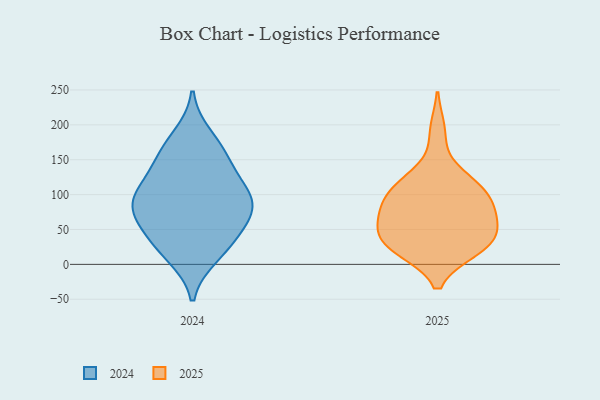
{"axis": {"x": "Humidity (%)", "y": "Value"}, "legend": ["2024", "2025"], "data": [{"x": "", "y": 54, "type": "2025"}, {"x": "", "y": 57, "type": "2025"}, {"x": "", "y": 191, "type": "2025"}, {"x": "", "y": 36, "type": "2025"}, {"x": "", "y": 21, "type": "2025"}, {"x": "", "y": 98, "type": "2025"}, {"x": "", "y": 21, "type": "2025"}, {"x": "", "y": 47, "type": "2025"}, {"x": "", "y": 28, "type": "2025"}, {"x": "", "y": 91, "type": "2025"}, {"x": "", "y": 85, "type": "2025"}, {"x": "", "y": 111, "type": "2025"}, {"x": "", "y": 125, "type": "2025"}, {"x": "", "y": 23, "type": "2025"}, {"x": "", "y": 68, "type": "2025"}, {"x": "", "y": 121, "type": "2025"}, {"x": "", "y": 85, "type": "2025"}, {"x": "", "y": 184, "type": "2024"}, {"x": "", "y": 136, "type": "2024"}, {"x": "", "y": 81, "type": "2024"}, {"x": "", "y": 160, "type": "2024"}, {"x": "", "y": 75, "type": "2024"}, {"x": "", "y": 98, "type": "2024"}, {"x": "", "y": 110, "type": "2024"}, {"x": "", "y": 12, "type": "2024"}, {"x": "", "y": 53, "type": "2024"}, {"x": "", "y": 32, "type": "2024"}, {"x": "", "y": 156, "type": "2024"}, {"x": "", "y": 103, "type": "2024"}, {"x": "", "y": 88, "type": "2024"}, {"x": "", "y": 64, "type": "2024"}, {"x": "", "y": 21, "type": "2024"}]}